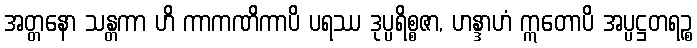
အတ္တနော သန္တကာ ဟိ ကာကဏိကာပိ ပရဿ ဒုပ္ပရိစ္စဇာ, ဟန္ဒာဟံ ဣတောပိ အပ္ပဋ္ဌတရဉ္စ